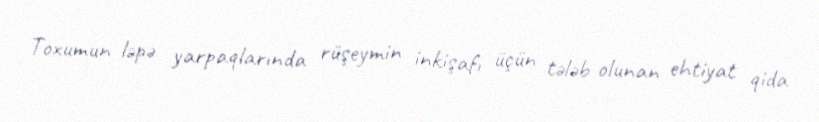
Toxumun ləpə yarpaqlarında rüşeymin inkişafı üçün tələb olunan ehtiyat qida